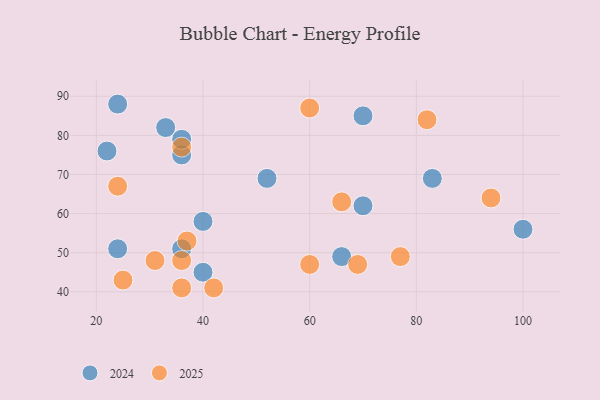
{"axis": {"x": "GDP", "y": "Life Expectancy"}, "legend": ["2024", "2025"], "data": [{"x": "37", "y": 53, "type": "2025"}, {"x": "77", "y": 49, "type": "2025"}, {"x": "69", "y": 47, "type": "2025"}, {"x": "36", "y": 41, "type": "2025"}, {"x": "60", "y": 47, "type": "2025"}, {"x": "24", "y": 67, "type": "2025"}, {"x": "36", "y": 77, "type": "2025"}, {"x": "82", "y": 84, "type": "2025"}, {"x": "66", "y": 63, "type": "2025"}, {"x": "31", "y": 48, "type": "2025"}, {"x": "36", "y": 48, "type": "2025"}, {"x": "25", "y": 43, "type": "2025"}, {"x": "94", "y": 64, "type": "2025"}, {"x": "42", "y": 41, "type": "2025"}, {"x": "60", "y": 87, "type": "2025"}, {"x": "40", "y": 45, "type": "2024"}, {"x": "24", "y": 51, "type": "2024"}, {"x": "40", "y": 58, "type": "2024"}, {"x": "22", "y": 76, "type": "2024"}, {"x": "70", "y": 85, "type": "2024"}, {"x": "33", "y": 82, "type": "2024"}, {"x": "83", "y": 69, "type": "2024"}, {"x": "36", "y": 75, "type": "2024"}, {"x": "24", "y": 88, "type": "2024"}, {"x": "100", "y": 56, "type": "2024"}, {"x": "36", "y": 79, "type": "2024"}, {"x": "66", "y": 49, "type": "2024"}, {"x": "52", "y": 69, "type": "2024"}, {"x": "70", "y": 62, "type": "2024"}, {"x": "36", "y": 51, "type": "2024"}]}